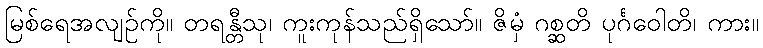
မြစ်ရေအလျဉ်ကို။ တရန္တီသု၊ ကူးကုန်သည်ရှိသော်။ ဇိမှံ ဂစ္ဆတိ ပုင်္ဂဝေါတိ၊ ကား။